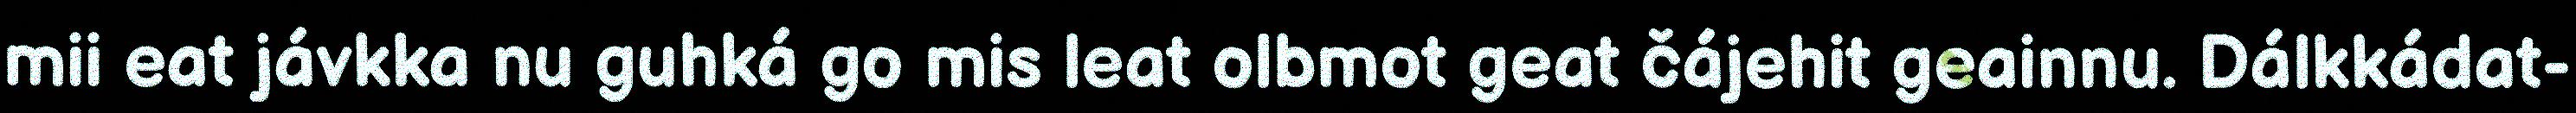
mii eat jávkka nu guhká go mis leat olbmot geat čájehit geainnu. Dálkkádat-